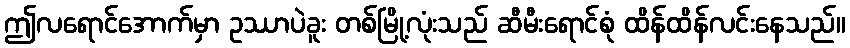
ဤလရောင်အောက်မှာ ဥဿာပဲခူး တစ်မြို့လုံးသည် ဆီမီးရောင်စုံ ထိန်ထိန်လင်းနေသည်။